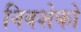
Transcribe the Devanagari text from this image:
निवशेकों